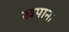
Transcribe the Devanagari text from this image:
खपाना